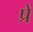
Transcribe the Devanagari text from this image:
प्रें